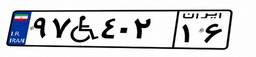
۹۷W۴۰۲۱۶